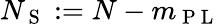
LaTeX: N_{\mathrm{~S~}}:=N-m_{\mathrm{~P~L~}}